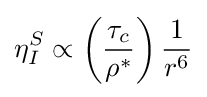
\eta _{I}^{S}\propto \left({\frac {\tau _{c}}{\rho ^{*}}}\right){\frac {1}{r^{6}}}